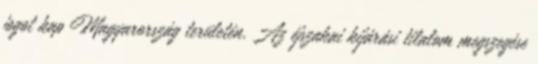
jogot kap Magyarország területén. Az éjszakai kijárási tilalom megszegése